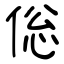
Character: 倊